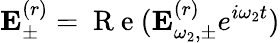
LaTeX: {\mathbf E}_{\pm}^{(r)}=\mathrm{~R~e~}({\mathbf E}_{\omega_{2},\pm}^{(r)}e^{i\omega_{2}t})